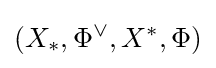
(X_{*},\Phi ^{\vee },X^{*},\Phi )